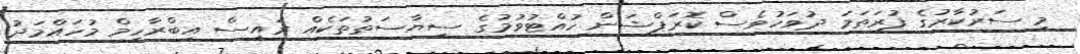
މި ސަރުކާރުގެ ފުރަތަމަ ދުވަހުވެސް ކޮރަޕްޝަން ހުއްޓުވުމުގެ ސިޔާސަތުތަކެއް ރައީސް އިބްރާހިމް މުހައްމަދު